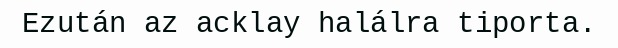
Ezután az acklay halálra tiporta.